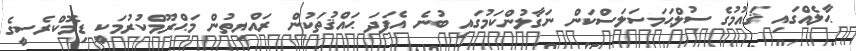
ޙާލެއްގައި ޤައުމުގެ ސުލްޙަމަސަލަސްކަން ނަގާލުންކަމުގައި ބުނެ އެފަދަ ޙައްޤުތަކުން ރައްޔިތުން މަޙްރޫމްކުރުމަކީ ޑިމޮކްރެސީގެ